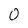
Character: 0